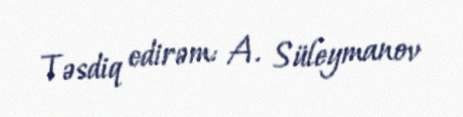
Təsdiq edirəm: A. Süleymanov